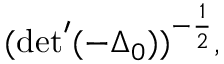
( \mathrm { d e t } ^ { \prime } ( - { \Delta } _ { 0 } ) ) ^ { - \frac { 1 } { 2 } } ,